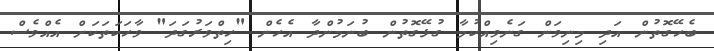
ބެހޭގޮތުން އަދި މިނިވަން ގަނެވިއްކުމާ ގުޅޭގޮތުން ބުނަމުންދާ އެހެން "ހިތްވަރުގަދަ" ވާހަކަތަކަށް އެއްވެސް